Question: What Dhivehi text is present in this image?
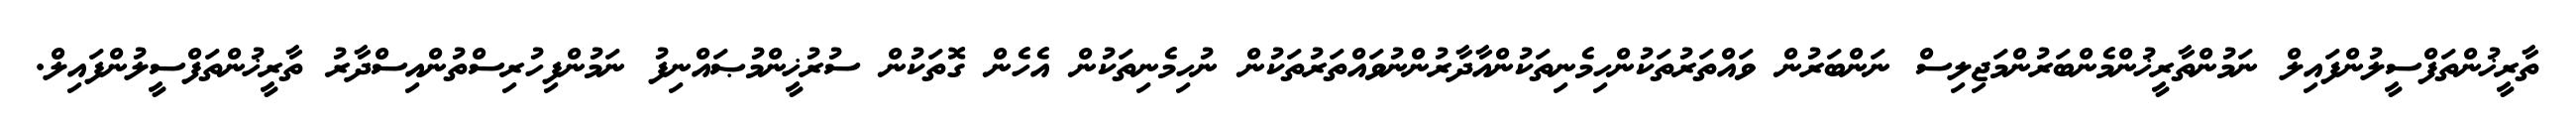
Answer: ތާރީޚުންތަފްސީލުންފައިލް ނަމުންތާރީޚުންމެންބަރުންމަޖިލިސް ނަންބަރުން ވައްތަރުތަކުންހިމެނިތަކުންއާދާރުންނުވައްތަރުތަކުން ނުހިމެނިތަކުން އެހެން ގޮތަކުން ސުރުޚީންމުޞައްނިފު ނަމުންފިހުރިސްތުންއިސްދާރު ތާރީޚުންތަފްސީލުންފައިލް.